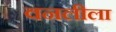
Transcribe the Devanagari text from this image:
वनलीला